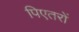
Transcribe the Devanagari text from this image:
पिएतरों